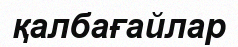
қалбағайлар